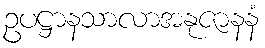
ဥပဋ္ဌာနသာလာအနုဇာနနံ